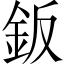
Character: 鈑